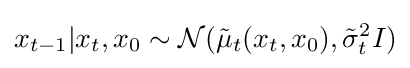
x_{t-1}|x_{t},x_{0}\sim {\mathcal {N}}({\tilde {\mu }}_{t}(x_{t},x_{0}),{\tilde {\sigma }}_{t}^{2}I)